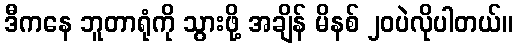
ဒီကနေ ဘူတာရုံကို သွားဖို့ အချိန် မိနစ် ၂၀ပဲလိုပါတယ်။